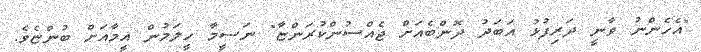
"އެހެންނު ވާނީ ދަރިފުޅު އަބަދު ދޮންބެއަށް ޖެއްސުންކުރަންޏާ" ނަސީމާ ހީލަމުން އީމާއަށް ބުންޏެވެ.